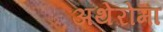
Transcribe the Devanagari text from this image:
अथेरोमा